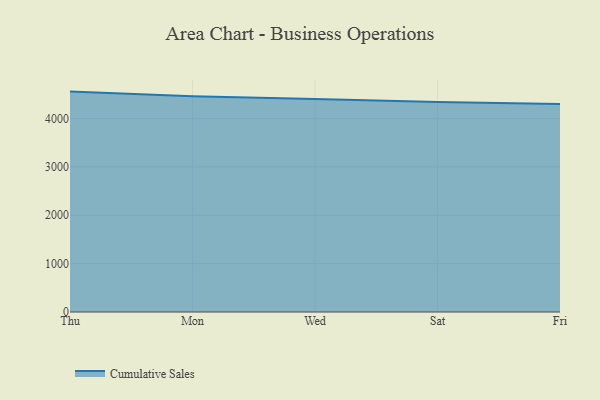
{"axis": {"x": "Day", "y": "Active Users"}, "legend": ["Cumulative Sales"], "data": [{"x": "Thu", "y": 4556.2, "type": "Cumulative Sales"}, {"x": "Mon", "y": 4462.0, "type": "Cumulative Sales"}, {"x": "Wed", "y": 4403.1, "type": "Cumulative Sales"}, {"x": "Sat", "y": 4342.8, "type": "Cumulative Sales"}, {"x": "Fri", "y": 4299.9, "type": "Cumulative Sales"}]}